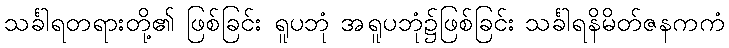
သင်္ခါရတရားတို့၏ ဖြစ်ခြင်း ရူပဘုံ အရူပဘုံ၌ဖြစ်ခြင်း သင်္ခါရနိမိတ်ဇနကကံ